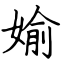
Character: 媮